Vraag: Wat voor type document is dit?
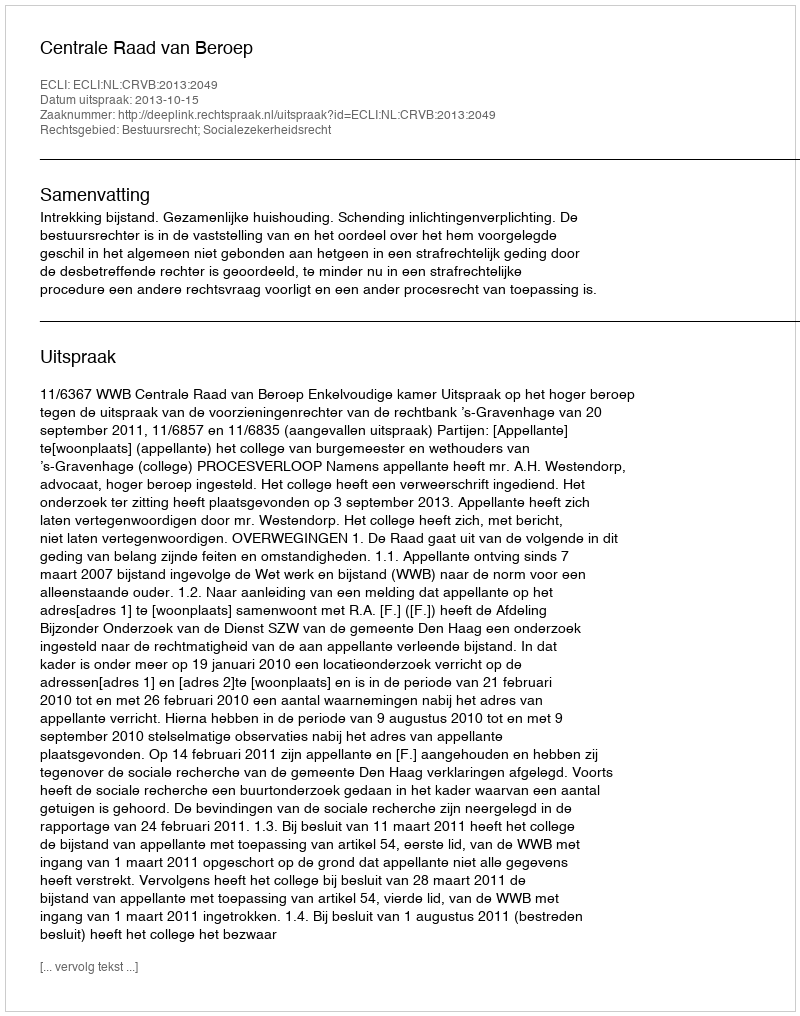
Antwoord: Uitspraak